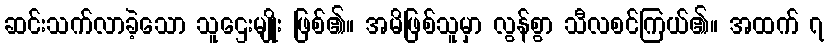
ဆင်းသက်လာခဲ့သော သူဌေးမျိုး ဖြစ်၏။ အမိဖြစ်သူမှာ လွန်စွာ သီလစင်ကြယ်၏။ အထက် ၇